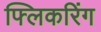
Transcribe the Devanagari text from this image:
फ्लिकरिंग